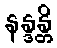
နန္ဒန္တိ